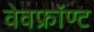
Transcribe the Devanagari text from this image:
वेवफ्रॉण्ट